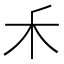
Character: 𥝌